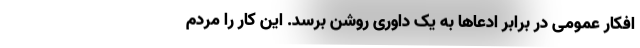
افکار عمومی در برابر ادعاها به یک داوری روشن برسد. این کار را مردم